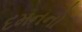
દમનનો